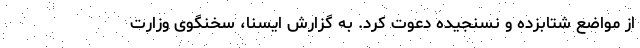
از مواضع شتابزده و نسنجیده دعوت کرد. به گزارش ایسنا، سخنگوی وزارت